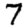
Digit: 7